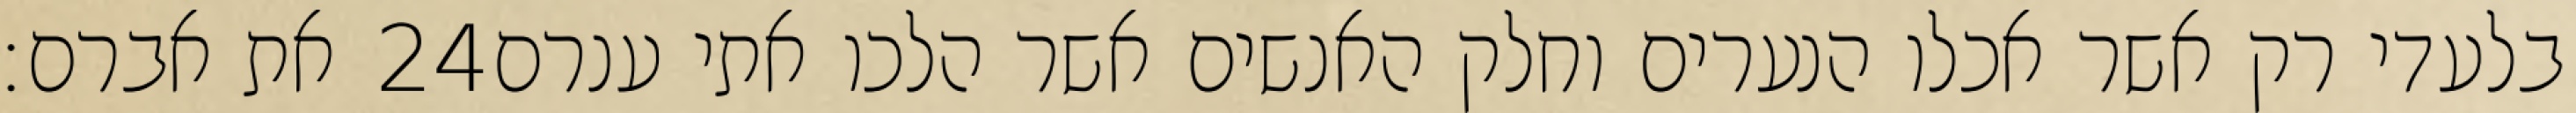
את אברם׃ ‎24‏ בלעדי רק אשר אכלו הנערים וחלק האנשים אשר הלכו אתי ענרם